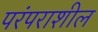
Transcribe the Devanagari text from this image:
परंपराशील